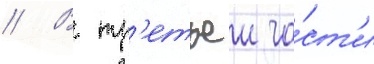
// В тр'етьеи ча́ст'и